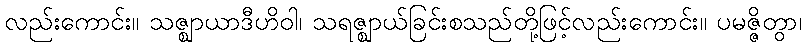
လည်းကောင်း။ သဇ္ဈာယာဒီဟိဝါ၊ သရဇ္ဈာယ်ခြင်းစသည်တို့ဖြင့်လည်းကောင်း။ ပမဇ္ဇိတွာ၊